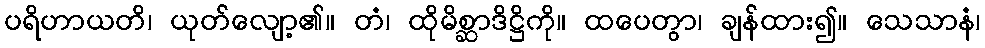
ပရိဟာယတိ၊ ယုတ်လျော့၏။ တံ၊ ထိုမိစ္ဆာဒိဋ္ဌိကို။ ထပေတွာ၊ ချန်ထား၍။ သေသာနံ၊